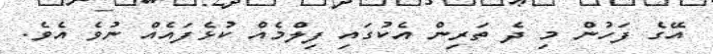
އޭގެ ފަހުން މި ދެ ތަރިން އެކުގައި ފިލްމެއް ކުޅެފައެއް ނުވެ އެވެ.